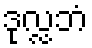
ဒုလ္လဘံ